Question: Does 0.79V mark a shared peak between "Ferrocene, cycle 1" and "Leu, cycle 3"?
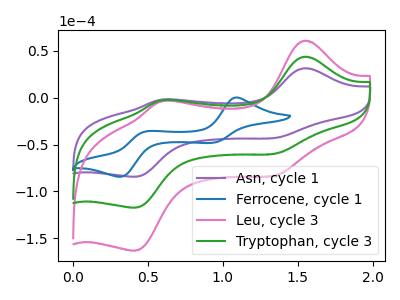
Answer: <think>The purple curve "Asn, cycle 1" has anodic peaks at (1.55V, 31.45uA) (0.60V, -1.90uA) and cathodic peaks at (1.35V, -42.90uA) (0.40V, -84.30uA). The blue curve "Ferrocene, cycle 1" has anodic peaks at (1.10V, 0.30uA) (0.50V, -35.80uA) and cathodic peaks at (0.95V, -48.15uA) (0.30V, -84.35uA). The pink curve "Leu, cycle 3" has anodic peaks at (1.55V, 87.55uA) (0.60V, -5.35uA) and cathodic peaks at (1.35V, -119.30uA) (0.40V, -234.55uA). The green curve "Tryptophan, cycle 3" has anodic peaks at (1.55V, 43.75uA) (0.60V, -2.65uA) and cathodic peaks at (1.35V, -59.65uA) (0.40V, -117.30uA).</think>
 <answer>No, "Ferrocene, cycle 1" and "Leu, cycle 3" dont share a peak at 0.79V.</answer>
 <eval>mismatch</eval>